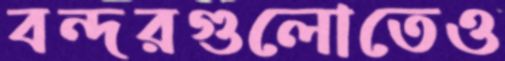
বন্দরগুলোতেও